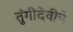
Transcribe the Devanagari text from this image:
तुंगीदेवीचे